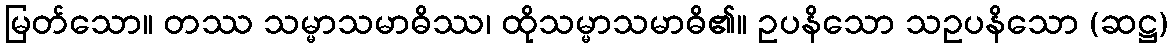
မြတ်သော။ တဿ သမ္မာသမာဓိဿ၊ ထိုသမ္မာသမာဓိ၏။ ဥပနိသော သဥပနိသော (ဆဋ္ဌ)